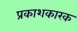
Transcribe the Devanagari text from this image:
प्रकाशकारक